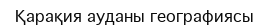
Қарақия ауданы географиясы